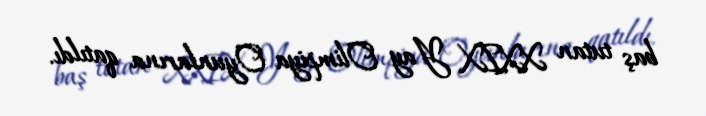
baş tutan XXIX Yay Olimpiya Oyunlarına qatıldı.